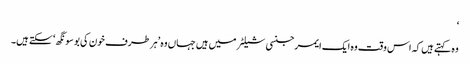
‘
وہ کہتے ہیں کہ اس وقت وہ ایک ایمرجنسی شیلٹر میں ہیں جہاں وہ ’ہر طرف خون کی بو سونگھ‘ سکتے ہیں۔